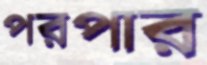
পরপার